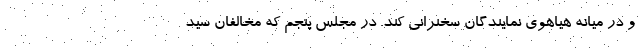
و در میانه هیاهوی نمایندگان سخنرانی کند. در مجلس پنجم که مخالفان سید